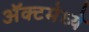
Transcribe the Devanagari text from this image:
ॲक्टमेध्ये